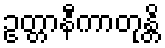
ဥတ္တာနီကာတုန္တိ